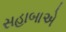
સહાબાએ